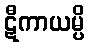
ဋီကာယမ္ပိ